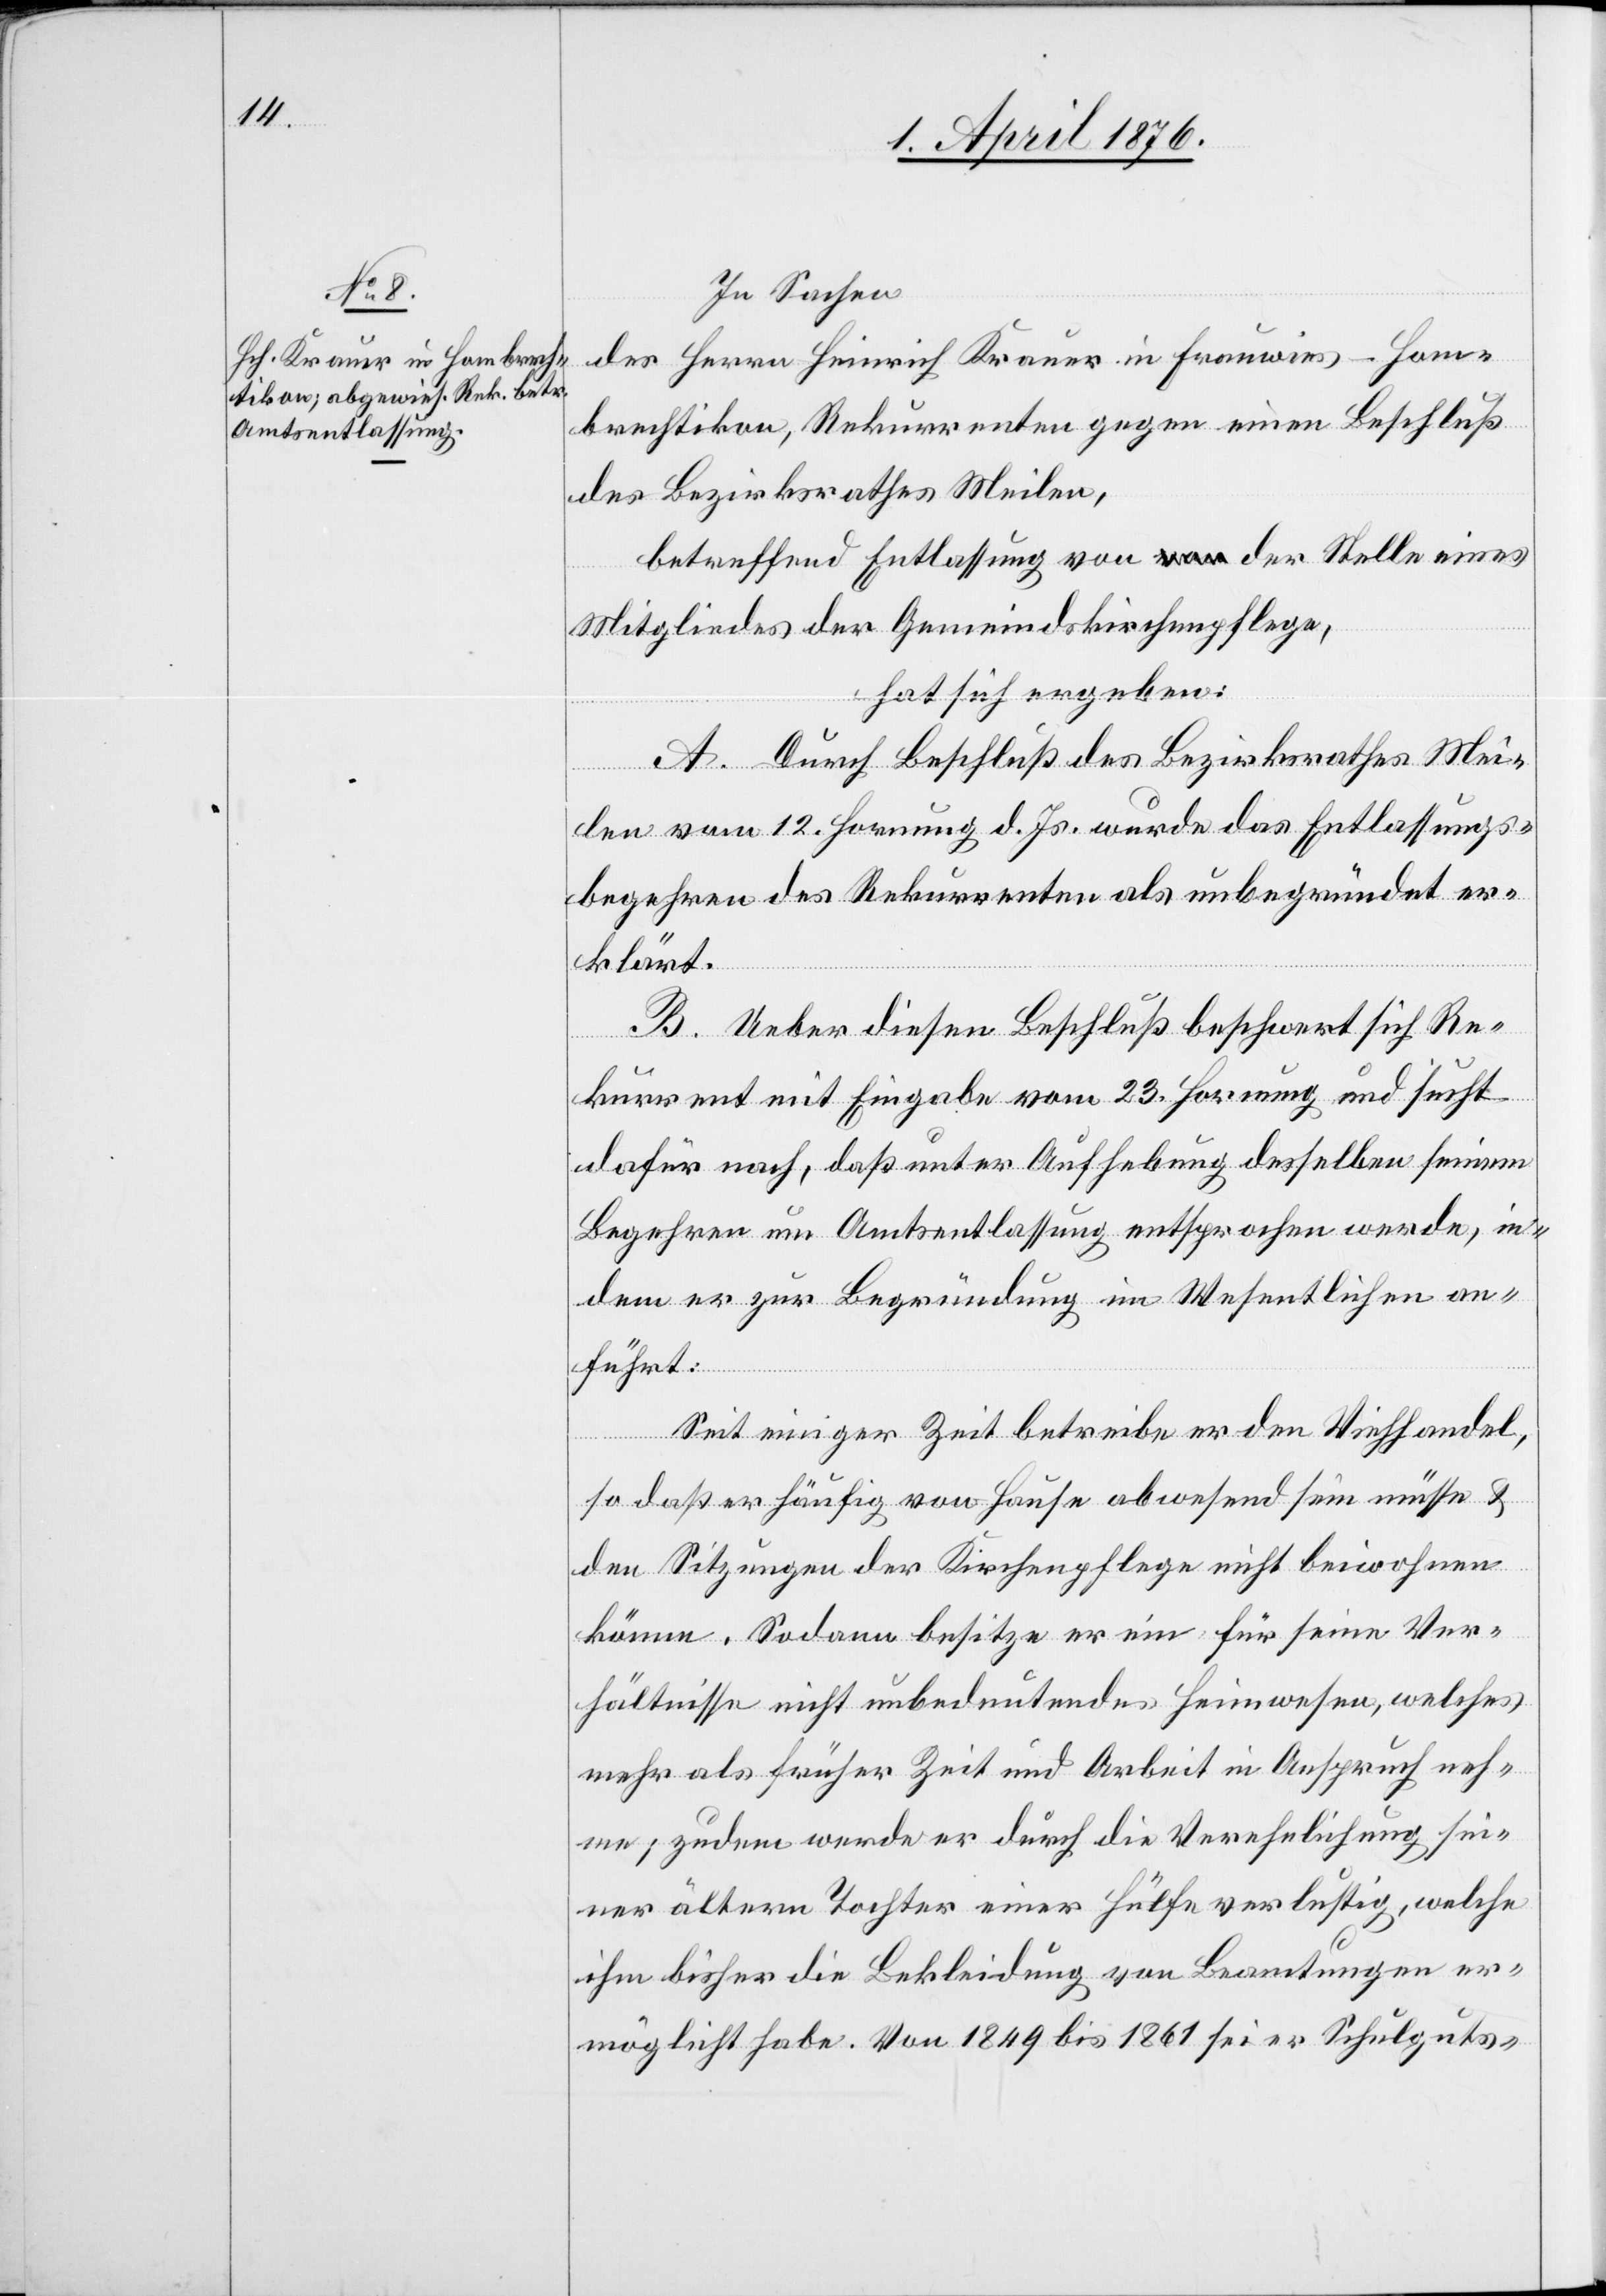
In Sachen
des Herrn Heinrich Kauer in Frauwies-Hom¬
brechtikon, Rekurrenten gegen einen Beschluß
des Bezirksrathes Meilen,
betreffend Entlassung von der Stelle eines
Mitgliedes der Gemeindskirchenpflege,
hat sich ergeben:
A. Durch Beschluß des Bezirksrath Mei¬
len vom 12. Hornung d. Js. wurde das Entlassungs¬
begehren des Rekurrenten als unbegründet er¬
klärt.
B. Ueber diesen Beschluß beschwert sich Re¬
kurrent mit Eingabe vom 23. Hornung und sucht
dafür nach, daß unter Aufhebung desselben seinem
Begehren um Amtsentlassung entsprochen werde, in¬
dem er zur Begründung im Wesentlichen an¬
führt:
Seit einiger Zeit betreibe er den Viehhandel,
so daß er häufig von Hause abwesend sein müsse &
den Sitzungen der Kirchenpflege nicht beiwohnen
könne. Sodann besitze er ein für seine Ver¬
hältnisse nicht unbedeutendes Heimwesen, welches
mehr als früher Zeit und Arbeit in Anspruch neh¬
me; zudem werde er durch die Verpflichtung sei¬
ner ältern Tochter einer Hülfe verlustig, welche
ihm bisher die Bekleidung vom Beamtungen er¬
möglicht habe. Von 1849 bis 1861 sei er Schulguts-